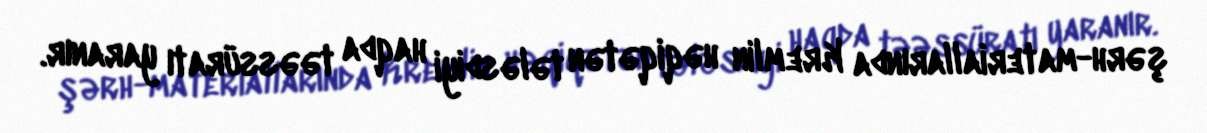
şərh-materiallarında Kremlin həqiqətən tələsdiyi haqda təəssüratı yaranır.